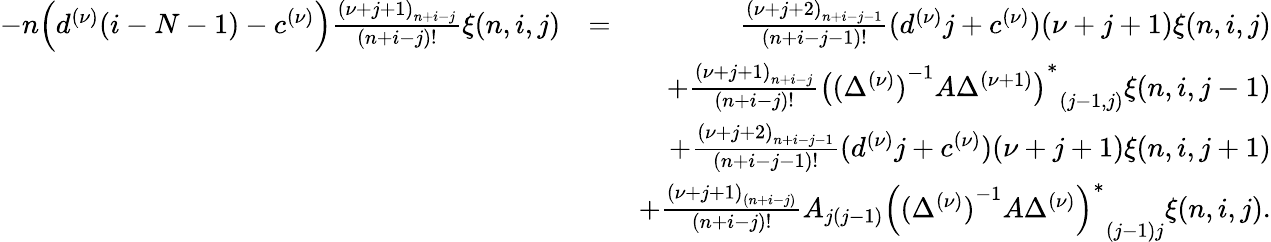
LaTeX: \begin{array}{rlr}{-n\Big(d^{(\nu)}(i-N-1)-c^{(\nu)}\Big)\frac{{(\nu+j+1)}_{n+i-j}}{(n+i-j)!}\xi(n,i,j)}&{=}&{\frac{{(\nu+j+2)}_{n+i-j-1}}{(n+i-j-1)!}(d^{(\nu)}j+c^{(\nu)})(\nu+j+1)\xi(n,i,j)}\\ &{}&{+\frac{{(\nu+j+1)}_{n+i-j}}{(n+i-j)!}{{\big({(\Delta^{(\nu)})}^{-1}A\Delta^{(\nu+1)}\big)}^{\ast}}_{(j-1,j)}\xi(n,i,j-1)}\\ &{}&{+\frac{{(\nu+j+2)}_{n+i-j-1}}{(n+i-j-1)!}(d^{(\nu)}j+c^{(\nu)})(\nu+j+1)\xi(n,i,j+1)}\\ &{}&{+\frac{{(\nu+j+1)}_{(n+i-j)}}{(n+i-j)!}A_{j(j-1)}{{\Big({(\Delta^{(\nu)})}^{-1}A\Delta^{(\nu)}\Big)}^{\ast}}_{(j-1)j}\xi(n,i,j).}\end{array}